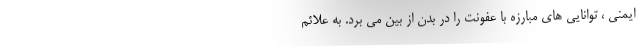
ایمنی ، توانایی های مبارزه با عفونت را در بدن از بین می برد. به علائم